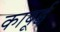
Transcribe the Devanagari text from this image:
काबूई